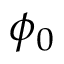
\phi _ { 0 }